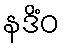
နဒိံဝ